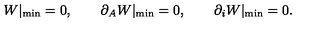
W | _ { \mathrm { m i n } } = 0 , \qquad \partial _ { A } W | _ { \mathrm { m i n } } = 0 , \qquad \partial _ { i } W | _ { \mathrm { m i n } } = 0 .